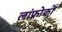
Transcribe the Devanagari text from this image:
लांफ्रोको